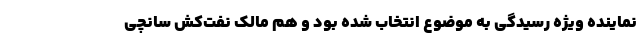
نماینده ویژه رسیدگی به موضوع انتخاب شده بود و هم مالک نفت‌کش سانچی